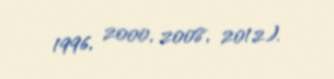
1996, 2000, 2008, 2012).